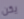
يكن